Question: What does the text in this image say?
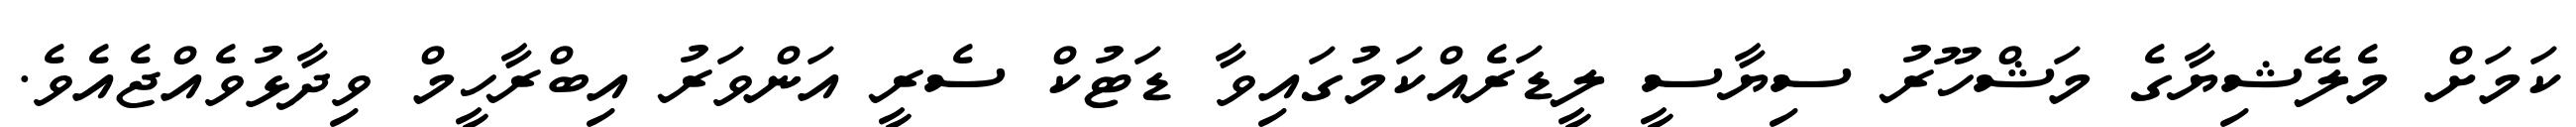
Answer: ކަމަށް މެލޭޝިޔާގެ މަޝްހޫރު ސިޔާސީ ލީޑަރެއްކަމުގައިވާ ޑަޓުކް ސެރީ އަންވަރު އިބްރާހީމް ވިދާޅުވެއްޖެއެވެ.